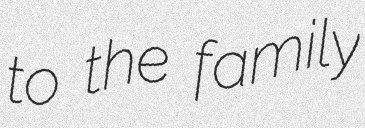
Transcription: to the family